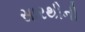
સારથીની